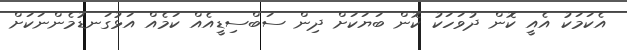
އެކަމަކު އެއީ ކޮން ދުވަހަކު ކޮން ބަޔަަކަށް ދިން ސަބްސިޑީއެއް ކަމެެއް އަޅުގަނޑުމެންނަކަށް